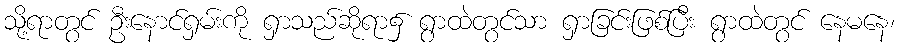
သို့ရာတွင် ဦးနောင်ရှမ်းကို ရှာသည်ဆိုရာ၌ ရွာထဲတွင်သာ ရှာခြင်းဖြစ်ပြီး ရွာထဲတွင် နေမနေ၊